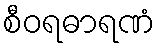
စီဝရဓာရဏံ